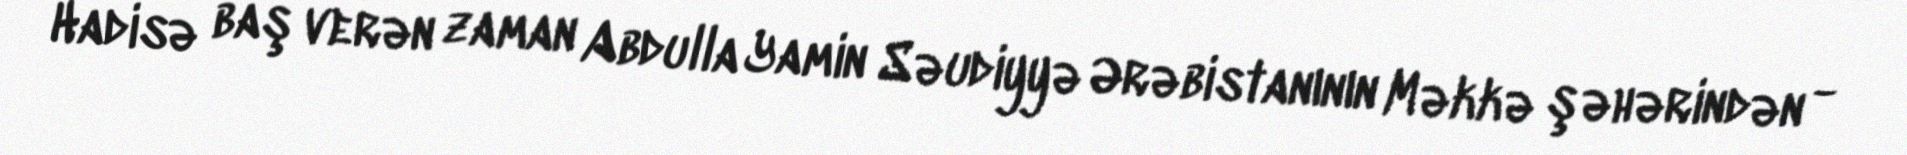
Hadisə baş verən zaman Abdulla Yamin Səudiyyə Ərəbistanının Məkkə şəhərindən -